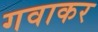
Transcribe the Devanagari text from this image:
गवाकर